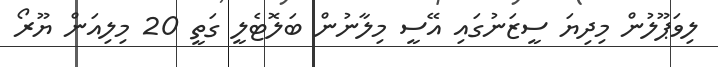
ލިވަޕޫލުން މިދިޔަ ސީޒަނުގައި އޭސީ މިލާނުން ބަލޮޓެލީ ގަތީ 20 މިލިއަން ޔޫރޯ